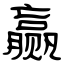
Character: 赢